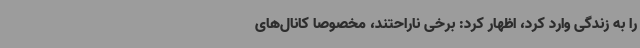
را به زندگی وارد کرد، اظهار کرد: برخی ناراحتند، مخصوصاً کانال‌های